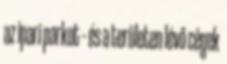
az ipari parkot – és a területen lévő cégek